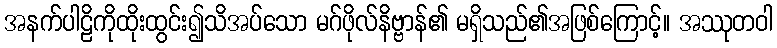
အနက်ပါဠိကိုထိုးထွင်း၍သိအပ်သော မဂ်ဖိုလ်နိဗ္ဗာန်၏ မရှိသည်၏အဖြစ်ကြောင့်။ အဿုတဝါ